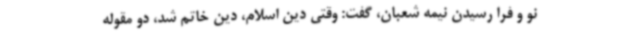
نو و فرا رسیدن نیمه شعبان، گفت: وقتی دین اسلام، دین خاتم شد، دو مقوله